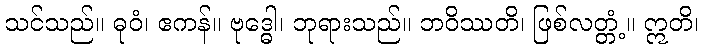
သင်သည်။ ဓုဝံ၊ ဧကန်။ ဗုဒ္ဓေါ၊ ဘုရားသည်။ ဘဝိဿတိ၊ ဖြစ်လတ္တံ့။ ဣတိ၊